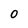
Character: 0